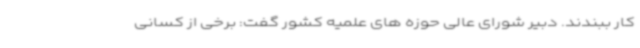
کار ببندند. دبیر شورای عالی حوزه های علمیه کشور گفت: برخی از کسانی